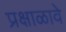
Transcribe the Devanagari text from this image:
प्रक्षाळावे